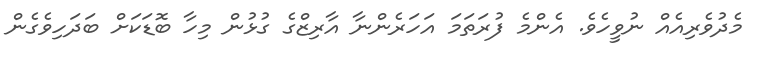
މެދުވެރިއެއް ނުވީހެވެ. އެންމެ ފުރަތަމަ އަހަރެންނާ އާރިޒްގެ ގުޅުން މިހާ ބޮޑަކަށް ބަދަހިވެގެން